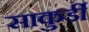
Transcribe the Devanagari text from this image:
साकुर्डी